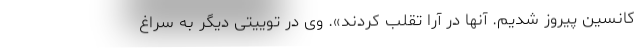
کانسین پیروز شدیم. آنها در آرا تقلب کردند». وی در توییتی دیگر به سراغ